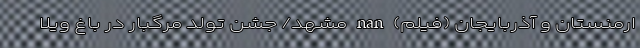
ارمنستان و آذربایجان (فیلم) nan مشهد/ جشن تولد مرگبار در باغ ویلا